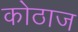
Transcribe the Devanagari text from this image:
कोठाज